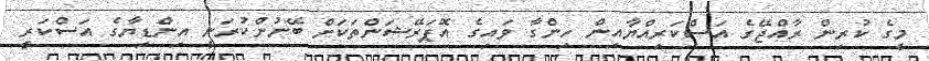
މީގެ ކުރިން ރާއްޖޭގެ އަސްކަރިއްޔާއިން ހިންގާ ވައިގެ އޮޕަރޭޝަންތަކަށް ބޭނުންކުރަނީ އިންޑިޔާގެ އަސްކަރީ